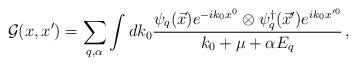
LaTeX: \begin{align*}\mathcal{G}(x,x^{\prime})=\sum_{q,\alpha}\int dk_0 \frac{\psi_{q}(\vec{x})e^{-ik_0 x^0}\otimes\psi_{q}^\dag (\vec{x}^{\prime})e^{ik_0 x^{\prime 0}}} {k_0 + \mu +{\alpha}{E_q}}\,, \end{align*}